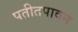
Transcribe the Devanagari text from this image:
पतीतपावन